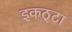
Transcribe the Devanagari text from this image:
इकठ्‌टा